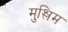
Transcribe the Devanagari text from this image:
मुश्लिम